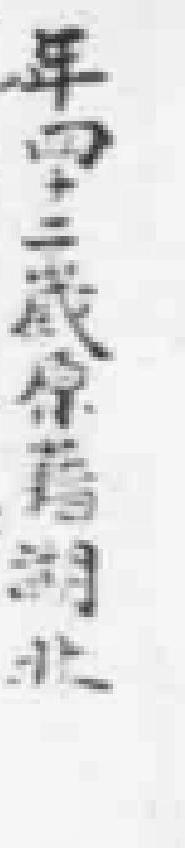
年四十二歲原籍湖北